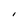
Character: I